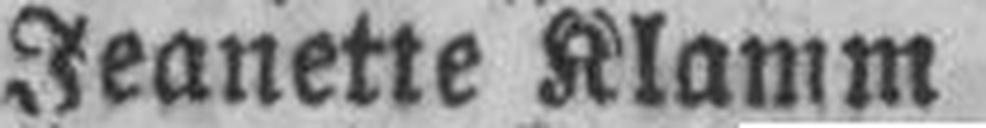
Jeanette Klamm